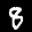
Label: 8